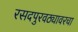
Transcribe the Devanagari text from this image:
रसदपुरवठ्यावरचा